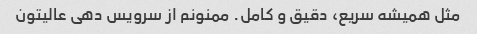
مثل همیشه سریع، دقیق و کامل. ممنونم از سرویس دهی عالیتون